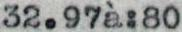
32.97à:80